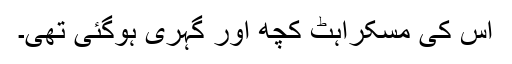
اس کی مسکراہٹ کچھ اور گہری ہوگئی تھی۔